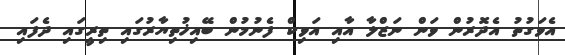
އެވަގުތު އެދޮރުން ވަން ނަޒްލާ އާއި އަވިކް ފެނުމުން ބޭއިޚުތިޔާރުގައި ތިރީގައި ދެފައި